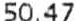
50.47